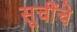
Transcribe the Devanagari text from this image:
सूचींचे